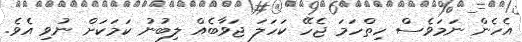
އެހެން ނަމަވެސް ހިތްހަމަ ޖެހޭ ކަހަލަ ޖަވާބެއް ލިބުނު ކަމަކަށް ނުވި އެވެ.